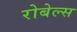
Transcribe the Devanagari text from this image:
रोबेल्स